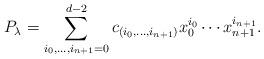
LaTeX: \begin{align*}P_\lambda=\sum_{i_0,\ldots,i_{n+1}=0}^{d-2}c_{(i_0,\ldots,i_{n+1})}x_0^{i_0}\cdots x_{n+1}^{i_{n+1}}.\end{align*}